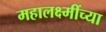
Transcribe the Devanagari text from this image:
महालक्ष्मींच्या